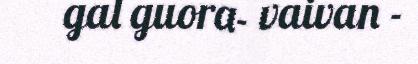
gal guora- vaivan -